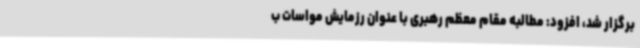
برگزار شد، افزود: مطالبه مقام معظم رهبری با عنوان رزمایش مواسات ب